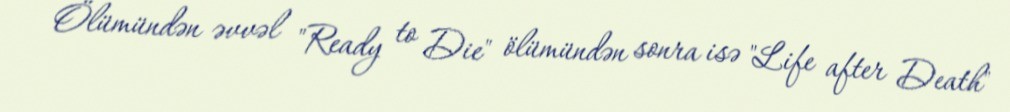
Ölümündən əvvəl "Ready to Die" ölümündən sonra isə "Life after Death"